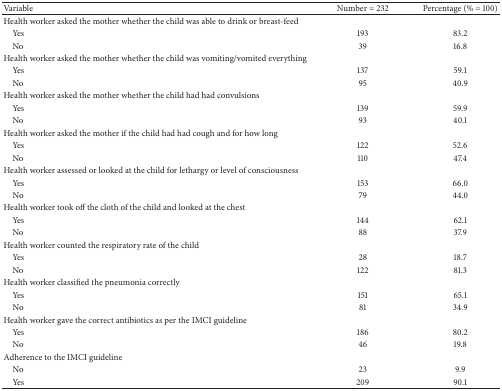
<table><thead><tr><td><b>Variable</b></td><td><b>Number = 232</b></td><td><b>Percentage (% = 100)</b></td></tr></thead><tbody><tr><td>Health worker asked the mother whether the child was able to drink or breast-feed</td><td> </td><td> </td></tr><tr><td> Yes</td><td>193</td><td>83.2</td></tr><tr><td> No</td><td>39</td><td>16.8</td></tr><tr><td>Health worker asked the mother whether the child was vomiting/vomited everything</td><td> </td><td> </td></tr><tr><td> Yes</td><td>137</td><td>59.1</td></tr><tr><td> No</td><td>95</td><td>40.9</td></tr><tr><td>Health worker asked the mother whether the child had had convulsions</td><td> </td><td> </td></tr><tr><td> Yes</td><td>139</td><td>59.9</td></tr><tr><td> No</td><td>93</td><td>40.1</td></tr><tr><td>Health worker asked the mother if the child had had cough and for how long</td><td> </td><td> </td></tr><tr><td> Yes</td><td>122</td><td>52.6</td></tr><tr><td> No</td><td>110</td><td>47.4</td></tr><tr><td>Health worker assessed or looked at the child for lethargy or level of consciousness</td><td> </td><td> </td></tr><tr><td> Yes</td><td>153</td><td>66.0</td></tr><tr><td> No</td><td>79</td><td>44.0</td></tr><tr><td>Health worker took off the cloth of the child and looked at the chest</td><td> </td><td> </td></tr><tr><td> Yes</td><td>144</td><td>62.1</td></tr><tr><td> No</td><td>88</td><td>37.9</td></tr><tr><td>Health worker counted the respiratory rate of the child</td><td> </td><td> </td></tr><tr><td> Yes</td><td>28</td><td>18.7</td></tr><tr><td> No</td><td>122</td><td>81.3</td></tr><tr><td>Health worker classified the pneumonia correctly</td><td> </td><td> </td></tr><tr><td> Yes</td><td>151</td><td>65.1</td></tr><tr><td> No</td><td>81</td><td>34.9</td></tr><tr><td>Health worker gave the correct antibiotics as per the IMCI guideline</td><td> </td><td> </td></tr><tr><td> Yes</td><td>186</td><td>80.2</td></tr><tr><td> No</td><td>46</td><td>19.8</td></tr><tr><td>Adherence to the IMCI guideline</td><td> </td><td> </td></tr><tr><td> No</td><td>23</td><td>9.9</td></tr><tr><td> Yes</td><td>209</td><td>90.1</td></tr></tbody></table>